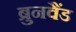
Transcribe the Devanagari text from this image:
ब्रुनवैंड